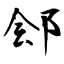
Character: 郐